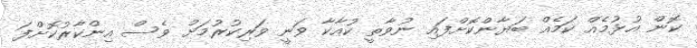
ކޮން އުޅުމެއް ކަމެއް ބަޔާންކޮށްފައި ނުވާތީ ކުއާކާ ވަނީ ވަރިކުރުމަށް ވެސް އިންކާރުކޮށްފަ